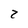
Character: z